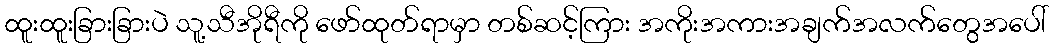
ထူးထူးခြားခြားပဲ သူ့သီအိုရီကို ဖော်ထုတ်ရာမှာ တစ်ဆင့်ကြား အကိုးအကားအချက်အလက်တွေအပေါ်